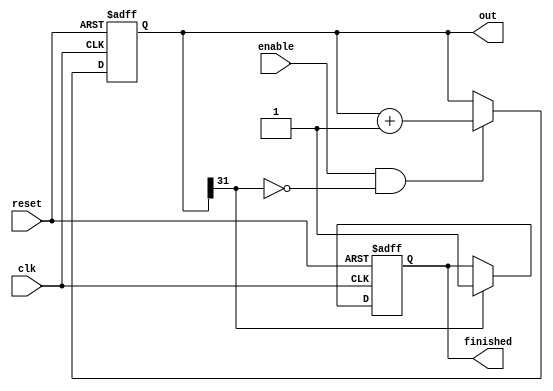
`timescale 1ns/1ps


module post_mux_counter    (
out     ,  // Output of the counter
finished,  // Output finished signal
enable  ,  // enable for counter
clk     ,  // clock Input
reset      // reset Input
);

//----------Output Ports--------------
  output reg finished;
  output reg [31:0] out;
//------------Input Ports--------------
  input enable, clk, reset;
//-------------Code Starts Here-------
  always @(posedge clk or posedge reset) begin
    if (reset) begin
      out 		<= 32'd0;
      finished 	<= 0;
    end
	else begin
		if (out[31]==1) begin
			finished <= 1'b1;
		end
		if (enable & (out[31]!=1)) begin
			out <= out + 1;
		end
	end
  end

endmodule